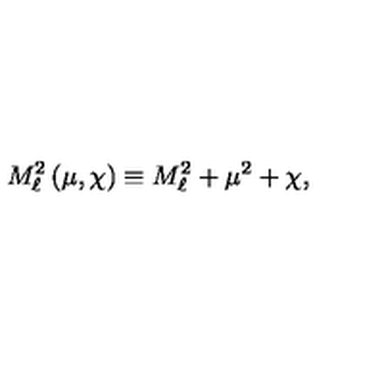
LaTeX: M _ { \ell } ^ { 2 } \left( \mu , \chi \right) \equiv M _ { \ell } ^ { 2 } + \mu ^ { 2 } + \chi ,